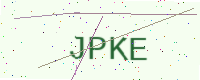
Text: JPKE